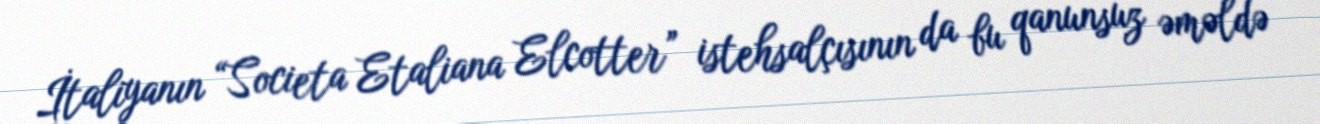
İtaliyanın “Societa Etaliana Elcotter” istehsalçısının da bu qanunsuz əməldə